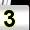
Digit: 3